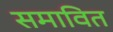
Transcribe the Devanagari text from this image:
समावित